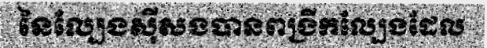
នៃល្បែងស៊ីសងបានពង្រីកល្បែងដែល